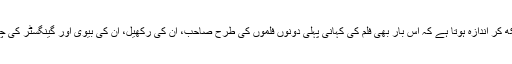
تقریبا 3 منٹ دورانیے کے ٹریلر کو دیکھ کر اندازہ ہوتا ہے کہ اس بار بھی فلم کی کہانی پہلی دونوں فلموں کی طرح صاحب، ان کی رکھیل، ان کی بیوی اور گینگسٹر کی چالبازیوں کے گرد گھومتی نظر آئے گی۔